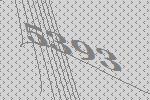
5393